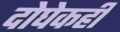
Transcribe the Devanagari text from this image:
दोघेकही